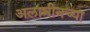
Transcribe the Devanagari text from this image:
अलामीनच्या